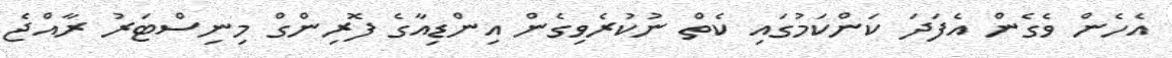
އެހެން ވެގެން އެފަދަ ކަންކަމުގައި ކެތް ނުކުރެވިގެން އިންޑިއާގެ ފޮރިންގް މިނިސްޓަރު ރާއްޖެ